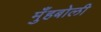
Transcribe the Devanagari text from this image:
मुँहबोली